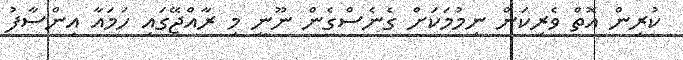
ކުރިން އޮތް ވެރިކަން ނިމުމަކަށް ގެނެސްގެން ނޫނީ މި ރާއްޖޭގައި ހަމައާ އިންސާފު